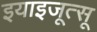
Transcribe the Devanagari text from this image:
इयाइजूत्सू